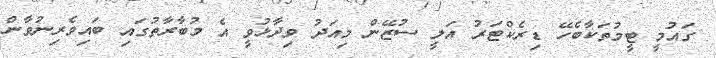
ގައުމީ ޓީމުތަކާބެހޭ ޑިރެކްޓަރު އަލީ ސުޒޭން މިއަދު ވިދާޅުވީ އެ މުބާރާތުގައި ބައިވެރިނުވާން